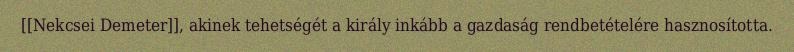
[[Nekcsei Demeter]], akinek tehetségét a király inkább a gazdaság rendbetételére hasznosította.